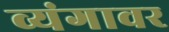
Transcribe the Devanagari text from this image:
व्यंगावर